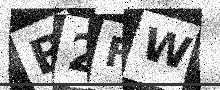
Text: B2FW